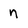
Character: n